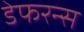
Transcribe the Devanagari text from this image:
डेफरन्स